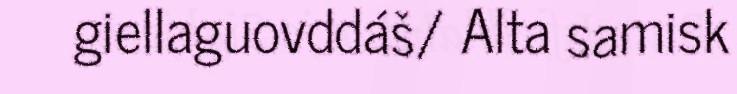
giellaguovddáš/ Alta samisk